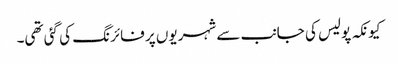
کیونکہ پولیس کی جانب سے شہریوں پر فائرنگ کی گئی تھی۔